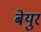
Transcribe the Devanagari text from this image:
बेयुर